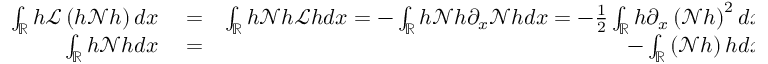
\begin{array} { r l r } { \int _ { \mathbb R } h \mathscr { L } \left( h \mathscr { N } h \right) d x } & { { } = } & { \int _ { \mathbb R } h \mathscr { N } h \mathscr { L } h d x = - \int _ { \mathbb R } h \mathscr { N } h \partial _ { x } \mathscr { N } h d x = - \frac { 1 } { 2 } \int _ { \mathbb R } h \partial _ { x } \left( \mathscr { N } h \right) ^ { 2 } d x , } \\ { \int _ { \mathbb R } h \mathscr { N } h d x } & { { } = } & { - \int _ { \mathbb R } \left( \mathscr { N } h \right) h d x . } \end{array}